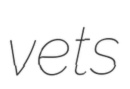
vets